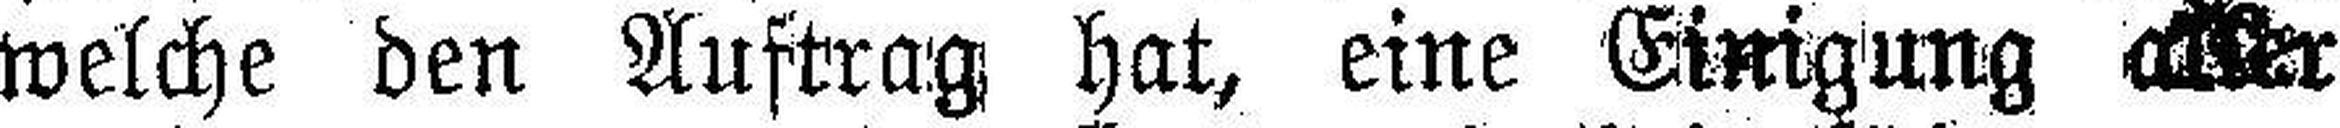
welche den Auftrag hat, eine Einigung aller